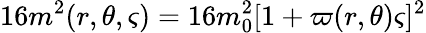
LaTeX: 16m^{2}(r,\theta,\varsigma)=16m_{0}^{2}[1+\varpi(r,\theta)\varsigma]^{2}